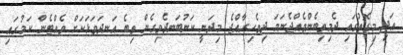
އަދި މިގޮތުގައި ދެމިތިބެންވެއްޖެނަމަ ދިވެހިރާއްޖެ މިދަނީ ކަނުބަނދެވިގެން ތިބެ އަނދަވަޅަކަށް ވެއްޓެން ކަމުގައި